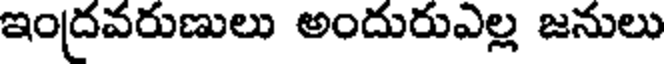
ఇంద్రవరుణులు అందురుఎల్ల జనులు